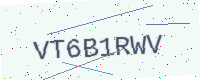
Text: VT6B1RWV